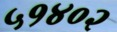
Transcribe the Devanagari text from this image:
५१४०२